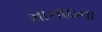
માનાઇના